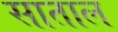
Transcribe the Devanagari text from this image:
साताल